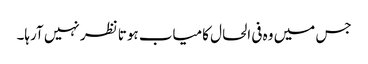
جس میں وہ فی الحال کامیاب ہوتا نظر نہیں آرہا۔